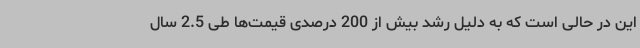
این در حالی است که به دلیل رشد بیش از 200 درصدی قیمت‌ها طی 2.5 سال